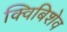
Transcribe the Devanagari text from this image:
क्विबिशेव